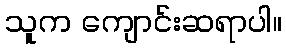
သူက ကျောင်းဆရာပါ။